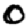
Digit: 0